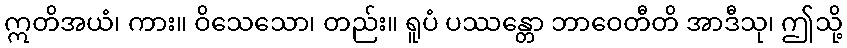
ဣတိအယံ၊ ကား။ ဝိသေသော၊ တည်း။ ရူပံ ပဿန္တော ဘာဝေတီတိ အာဒီသု၊ ဤသို့